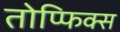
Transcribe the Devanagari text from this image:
तोप्फिक्स